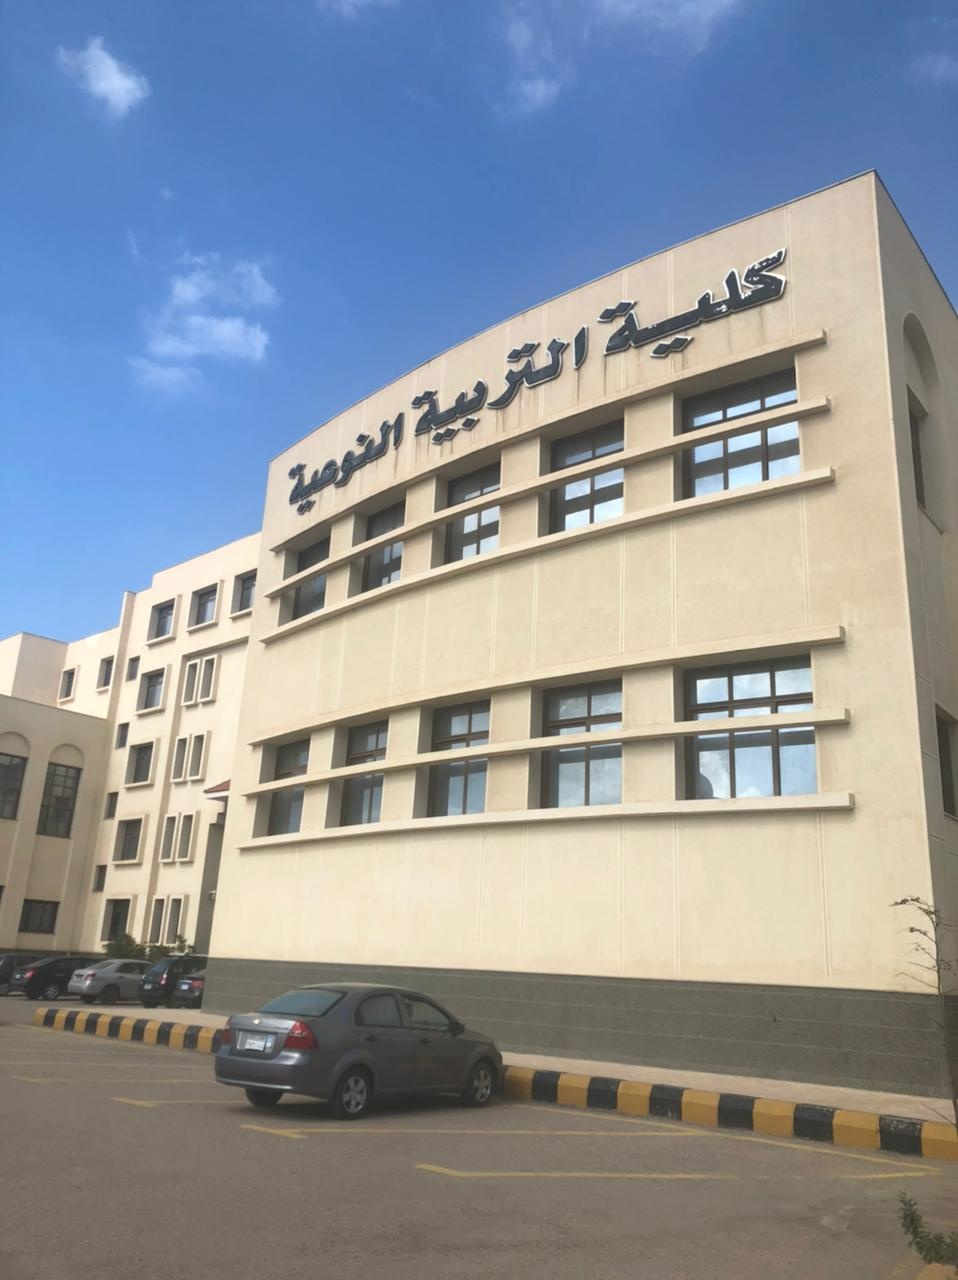
Text in image: كلية التربية النوعية